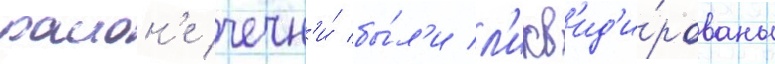
раион'е чечн'и́ бы́л'и л'икв'ид'и́рованы